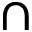
\cap